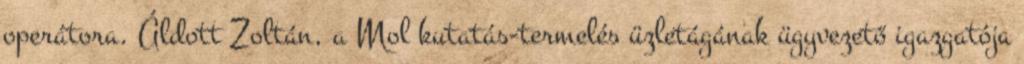
operátora. Áldott Zoltán, a Mol kutatás-termelés üzletágának ügyvezető igazgatója